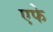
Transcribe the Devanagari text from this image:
एफे